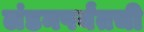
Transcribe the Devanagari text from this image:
लंडनपर्यंतची